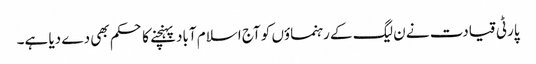
پارٹی قیادت نے ن لیگ کے رہنماؤں کو آج اسلام آباد پہنچنے کا حکم بھی دے دیا ہے۔